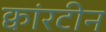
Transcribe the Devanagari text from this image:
क्वांरटीन